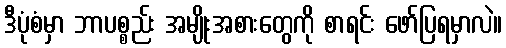
ဒီပုံစံမှာ ဘာပစ္စည်း အမျိုးအစားတွေကို စာရင်း ဖော်ပြရမှာလဲ။